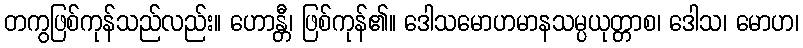
တကွဖြစ်ကုန်သည်လည်း။ ဟောန္တီ၊ ဖြစ်ကုန်၏။ ဒေါသမောဟမာနသမ္ပယုတ္တာစ၊ ဒေါသ၊ မောဟ၊